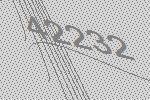
42232